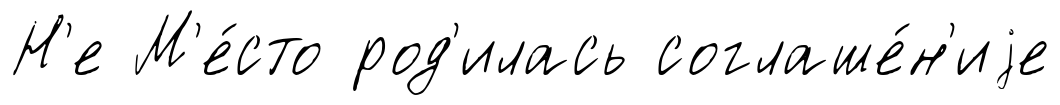
Н'е М'е́сто род'илась соглаше́н'иjе